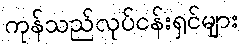
ကုန်သည်လုပ်ငန်းရှင်များ